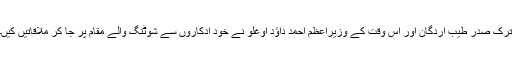
ترک صدر طیب اردگان اور اس وقت کے وزیراعظم احمد داؤد اوغلو نے خود ادکاروں سے شوٹنگ والے مقام پر جا کر ملاقاتیں کیں۔